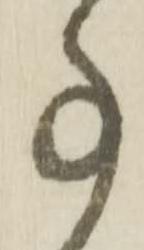
事